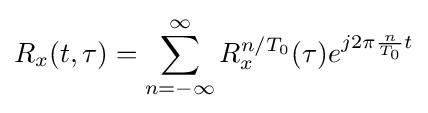
R_{x}(t,\tau )=\sum _{n=-\infty }^{\infty }R_{x}^{n/T_{0}}(\tau )e^{j2\pi {\frac {n}{T_{0}}}t}